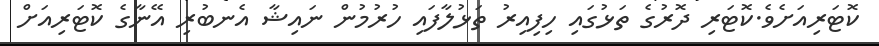
ކޮޓަރިއަށެވެ.ކޮޓަރި ދޮރުގެ ތަޅުގައި ހިފިއިރު ތަޅުލާފައި ހުރުމުން ނަައިޝާ އެނބުރި އޭނާގެ ކޮޓަރިއަށް